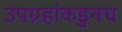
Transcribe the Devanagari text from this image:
उपग्रहांकडुनच